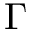
\Gamma